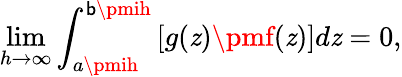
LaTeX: \operatorname*{lim}_{h\to\infty}\int_{a\pmih}^{\mathsf{b}\pmih}{\left[g(\mathit{z})\pmf(\mathit{z})\right]d\mathit{z}}=0,